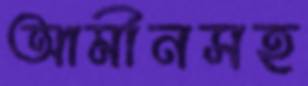
আমীনসহ